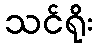
သင်ရိုး